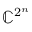
\mathbb { C } ^ { 2 ^ { n } }